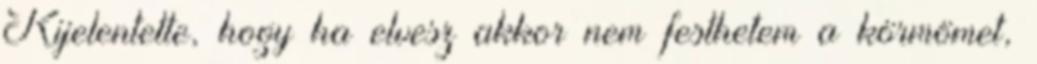
Kijelentette, hogy ha elvesz akkor nem festhetem a körmömet,